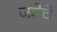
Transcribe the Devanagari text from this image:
जमेचे